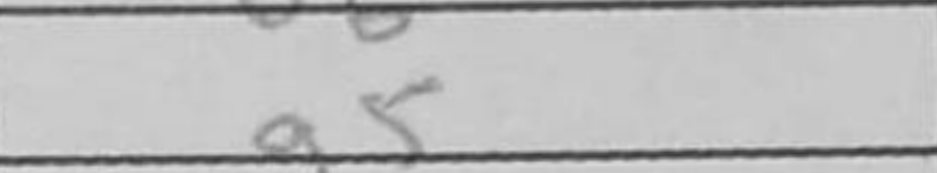
Transcription: g5